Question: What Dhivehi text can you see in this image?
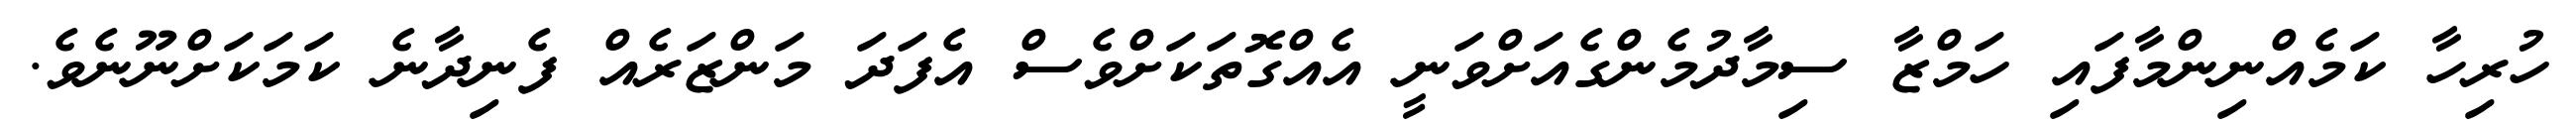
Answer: ހުރިހާ ކަމެއްނިންމާފައި ހަމްޒާ ސިމާދުމެންގެއަށްވަނީ އެއްގޮތަކަށްވެސް އެފަދަ މަންޒަރެއް ފެނިދާނެ ކަމަކަށްނޫނެވެ.